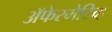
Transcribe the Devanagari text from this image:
ॲफेरमेटिव्ह